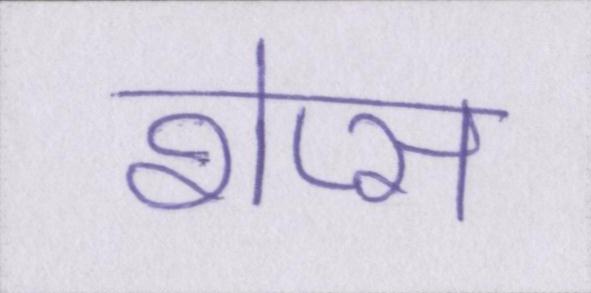
शेप्स